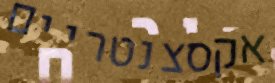
אקסצנטריים